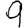
Digit: 9